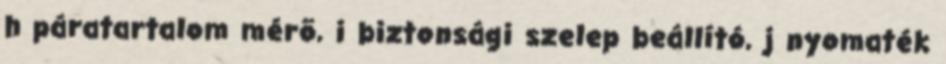
h páratartalom mérõ, i biztonsági szelep beállító, j nyomaték